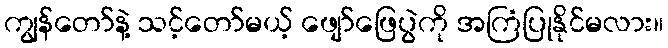
ကျွန်တော်နဲ့ သင့်တော်မယ့် ဖျော်ဖြေပွဲကို အကြံပြုနိုင်မလား။